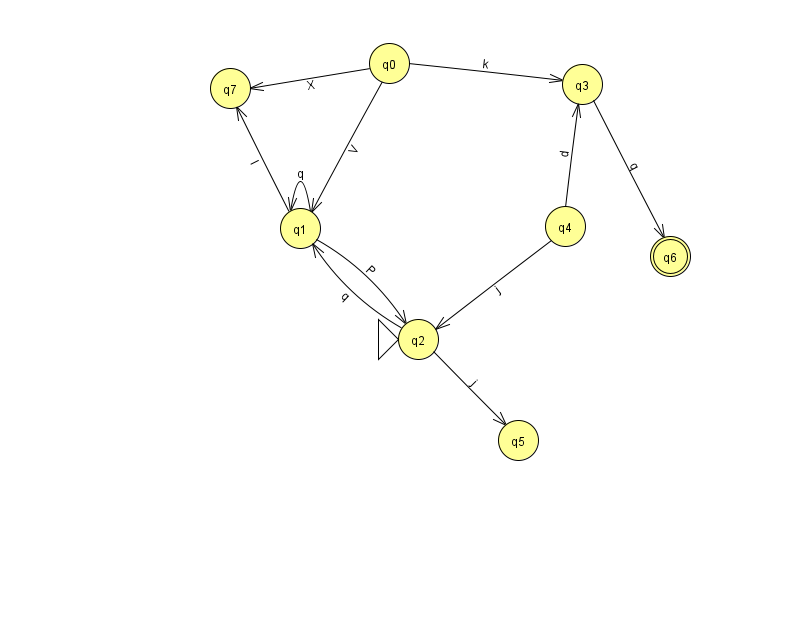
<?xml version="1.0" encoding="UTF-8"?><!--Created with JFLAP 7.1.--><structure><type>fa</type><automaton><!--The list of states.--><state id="0" name="q0"><x>389.0</x><y>50.0</y></state><state id="1" name="q1"><x>300.0</x><y>215.0</y></state><state id="2" name="q2"><x>418.0</x><y>326.0</y><initial/></state><state id="3" name="q3"><x>582.0</x><y>71.0</y></state><state id="4" name="q4"><x>565.0</x><y>213.0</y></state><state id="5" name="q5"><x>518.0</x><y>427.0</y></state><state id="6" name="q6"><x>670.0</x><y>243.0</y><final/></state><state id="7" name="q7"><x>230.0</x><y>75.0</y></state><!--The list of transitions.--><transition><from>1</from><to>2</to><read>P</read></transition><transition><from>1</from><to>1</to><read>q</read></transition><transition><from>2</from><to>1</to><read>q</read></transition><transition><from>2</from><to>5</to><read>j</read></transition><transition><from>4</from><to>3</to><read>d</read></transition><transition><from>0</from><to>3</to><read>k</read></transition><transition><from>3</from><to>6</to><read>q</read></transition><transition><from>4</from><to>2</to><read>j</read></transition><transition><from>0</from><to>1</to><read>V</read></transition><transition><from>0</from><to>7</to><read>X</read></transition><transition><from>1</from><to>7</to><read>I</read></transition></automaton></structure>